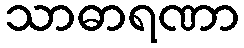
သာဓာရဏာ